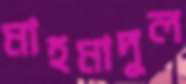
মাহমাদুল